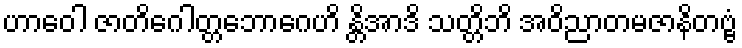
ဟာဝေါ ဇာတိဂေါတ္တဘောဂေဟိ န္တိအာဒိ သတ္တိဘိ အဝိညာတမဇာနိတဗ္ဗံ